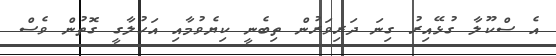
އެ ސްކޫލާ ގުޅޭއިރު ގިނަ ދަރިވަރުން ތިބެނީ ކިޔެވުމާއި އަހުލާގީ ގޮތުން ވެސް